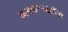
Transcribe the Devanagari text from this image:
व्यवहारपद्धतींवर